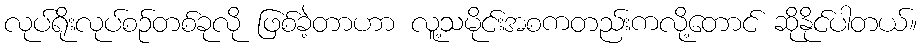
လုပ်ရိုးလုပ်စဉ်တစ်ခုလို ဖြစ်ခဲ့တာဟာ လူ့သမိုင်းအစကတည်းကလို့တောင် ဆိုနိုင်ပါတယ်။